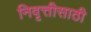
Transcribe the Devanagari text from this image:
निवृत्तीसाठी